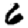
Digit: 6